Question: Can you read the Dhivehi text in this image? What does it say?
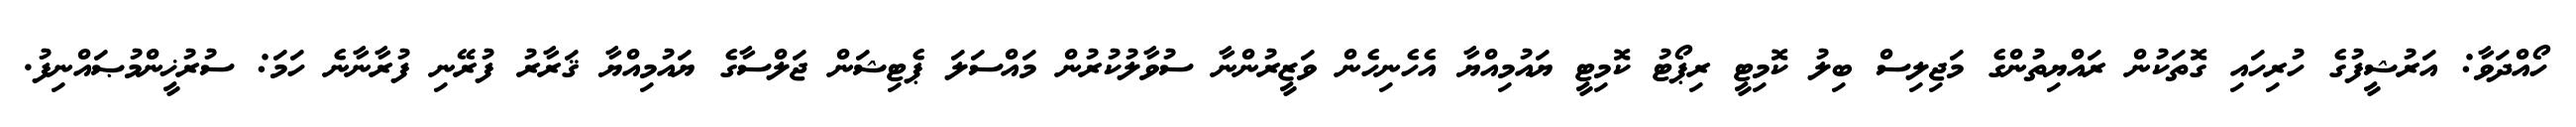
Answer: ހޯއްދަވާ: އަރުޝީފުގެ ހުރިހައި ގޮތަކުން ރައްޔިތުންގެ މަޖިލިސް ބިލު ކޮމިޓީ ރިޕޯޓު ކޮމިޓީ ޔައުމިއްޔާ އެހެނިހެން ވަޒީރުންނާ ސުވާލުކުރުން މައްސަލަ ޕެޓިޝަން ޖަލްސާގެ ޔައުމިއްޔާ ޤަރާރު ފުރޭނި ފުރާނާނެ ހަމަ: ސުރުޚީންމުޞައްނިފު.